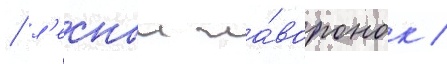
/ л'еснои жа́воронок /